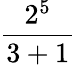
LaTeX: \frac{2^{5}}{3+1}